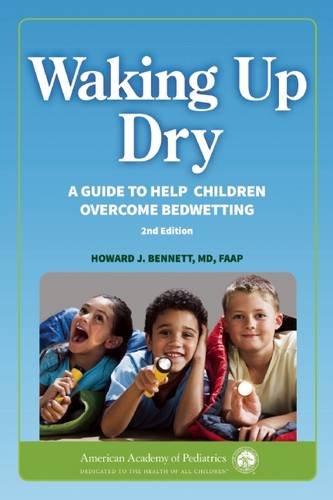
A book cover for Waking up Dry: A Guide to Help Children Overcome Bedwetting; Howard J. Bennett; Parenting & Relationships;